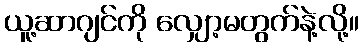
ယူ့ဆာဂျင်ကို လျှော့မတွက်နဲ့လို့။